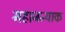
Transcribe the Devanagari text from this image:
महाजन्याक